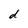
Character: d